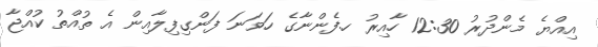
އިއްޔެ މެންދުރު 12:30 ހާއިރު ހ.ފެންނާގެ ހަވަނަ ފަންގިފިލާއިން އެ ތުއްތު ކުއްޖާ